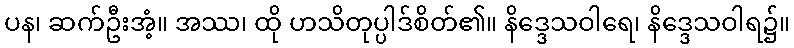
ပန၊ ဆက်ဦးအံ့။ အဿ၊ ထို ဟသိတုပ္ပါဒ်စိတ်၏။ နိဒ္ဒေသဝါရေ၊ နိဒ္ဒေသဝါရ၌။